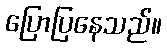
ပြောပြနေသည်။